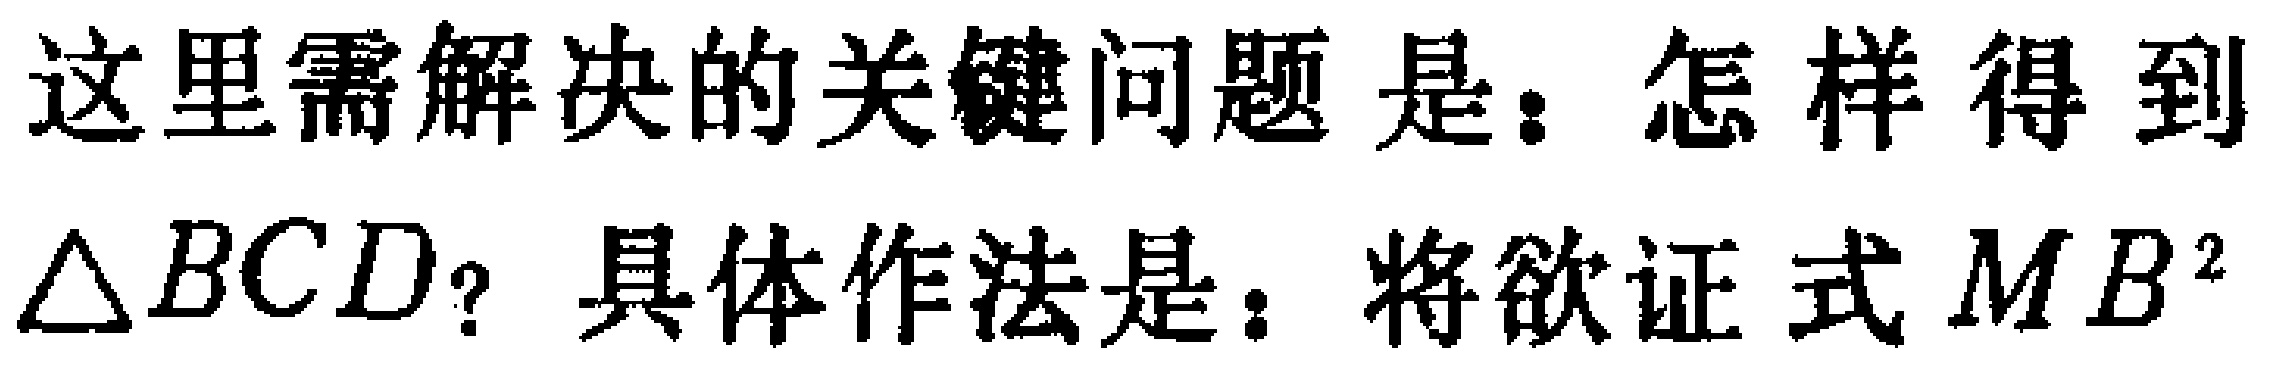
这里需解决的关键问题是：怎样得到$\triangle BCD$？具体作法是：将欲证式$MB^{2}$